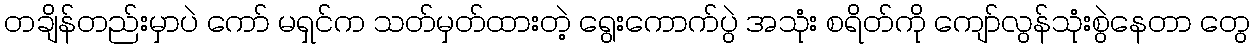
တချိန်တည်းမှာပဲ ကော် မရှင်က သတ်မှတ်ထားတဲ့ ရွေးကောက်ပွဲ အသုံး စရိတ်ကို ကျော်လွန်သုံးစွဲနေတာ တွေ